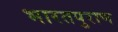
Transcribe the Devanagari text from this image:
भारतपुराण